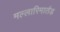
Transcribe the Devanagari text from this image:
मल्लारिमार्तंड